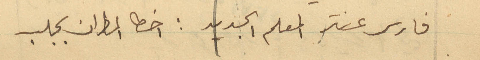
فارس عنتر المعلم الجديد: اخطا المطران بجلب